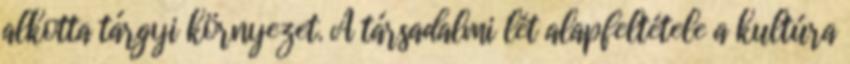
alkotta tárgyi környezet. A társadalmi lét alapfeltétele a kultúra